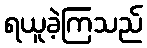
ရယူခဲ့ကြသည်